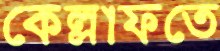
কেল্লাফতে